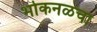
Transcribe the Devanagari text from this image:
भोकनळचा